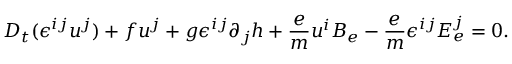
D _ { t } ( \epsilon ^ { i j } u ^ { j } ) + f u ^ { j } + g \epsilon ^ { i j } \partial _ { j } h + \frac { e } { m } u ^ { i } B _ { e } - \frac { e } { m } \epsilon ^ { i j } E _ { e } ^ { j } = 0 .